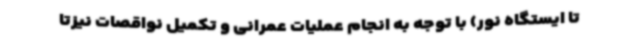
تا ایستگاه نور) با توجه به انجام عملیات عمرانی و تکمیل نواقصات نیزتا